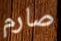
صارم